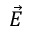
\vec { E }